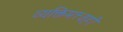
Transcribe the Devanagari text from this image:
व्यक्तिमत्त्वही